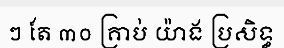
ៗ តែ ៣០ គ្រាប់ យ៉ាង ប្រសិទ្ធ